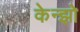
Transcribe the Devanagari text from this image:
केन्झो